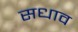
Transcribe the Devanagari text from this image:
सधाव